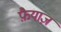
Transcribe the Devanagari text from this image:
फ़ैयाज़